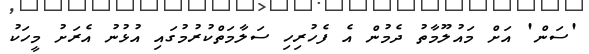
'ސަން' އަށް މައުލޫމާތު ދެމުން އެ ފެހުރިހި ސަލާމަތްކުރުމުގައި އުޅުނު އެރަށު މީހަކު